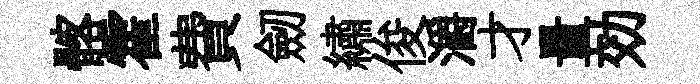
髂霍費劒繡俊灂才量効